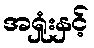
အရှုံးနှင့်